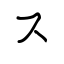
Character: ス